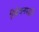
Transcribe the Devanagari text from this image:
विवेचनपद्धति